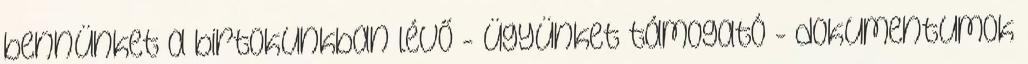
bennünket a birtokunkban lévő - ügyünket támogató - dokumentumok